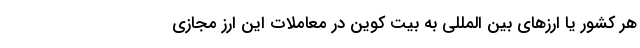
هر کشور یا ارزهای بین المللی به بیت کوین در معاملات این ارز مجازی